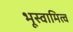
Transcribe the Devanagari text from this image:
भूस्वामित्व